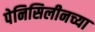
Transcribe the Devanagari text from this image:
पेनिसिलीनच्या